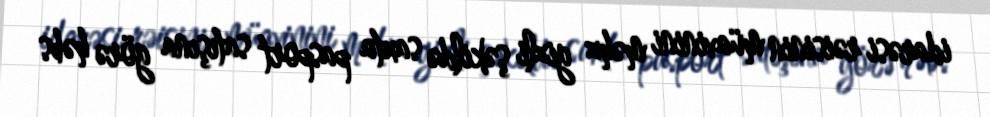
idarəsi rəisinin müavinini məhz gizli şəkildə saxta pasport satışına görə həbs